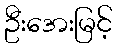
ဦးအေးမြင့်